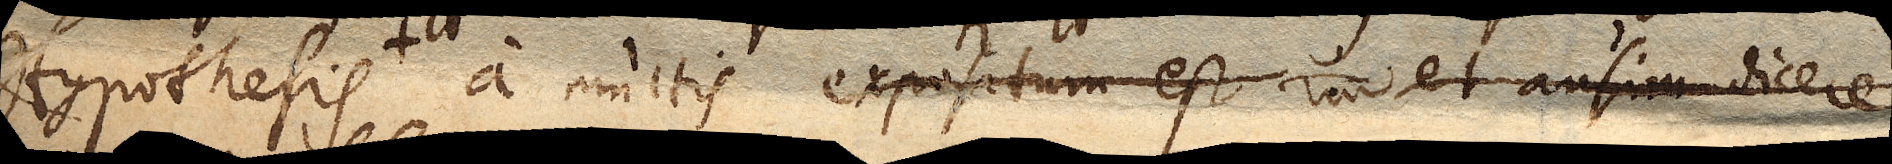
Hypothesis a multis expositum est vero et ausim dicere